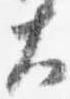
大